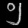
Digit: ၅